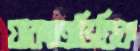
যাকাতভিত্তিক